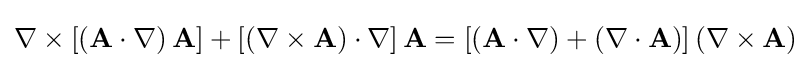
\nabla \times \left[\left(\mathbf {A} \cdot \nabla \right)\mathbf {A} \right]+\left[\left(\nabla \times \mathbf {A} \right)\cdot \nabla \right]\mathbf {A} =\left[\left(\mathbf {A} \cdot \nabla \right)+\left(\nabla \cdot \mathbf {A} \right)\right]\left(\nabla \times \mathbf {A} \right)